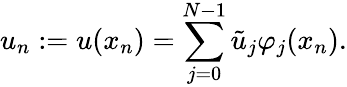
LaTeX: u_{n}:=u(x_{n})=\sum_{j=0}^{N-1}\tilde{u}_{j}\varphi_{j}(x_{n}).